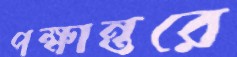
পক্ষান্তরে